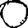
Digit: 0